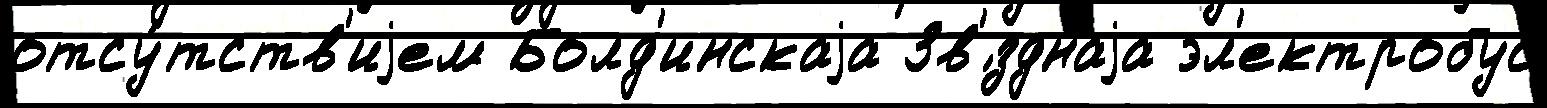
отсу́тств'иjем Болд'инскаjа Зв'́зднаjа эл'ектробус